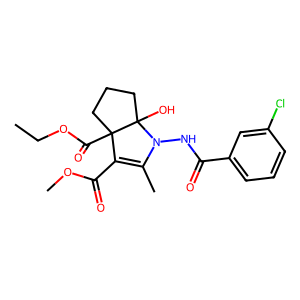
SMILES: CCOC(=O)C12CCCC1(O)N(NC(=O)c1cccc(Cl)c1)C(C)=C2C(=O)OC
Inhibits HIV replication: No